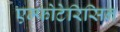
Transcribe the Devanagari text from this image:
एम्फोटेरिसिन